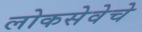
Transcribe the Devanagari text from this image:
लोकसेवेचे